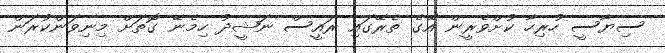
ސިޔާސީ ހުރިހާ ކުށްވެރީން އޭގެ ތެރޭގައި ރައީސް ނަޝީދު ހިމެނޭ ގޮތަށް މިނިވަންކުރަން